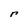
Character: r